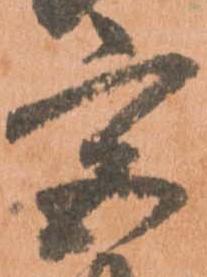
宮